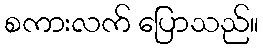
စကားလက် ပြောသည်။